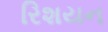
રિશયન